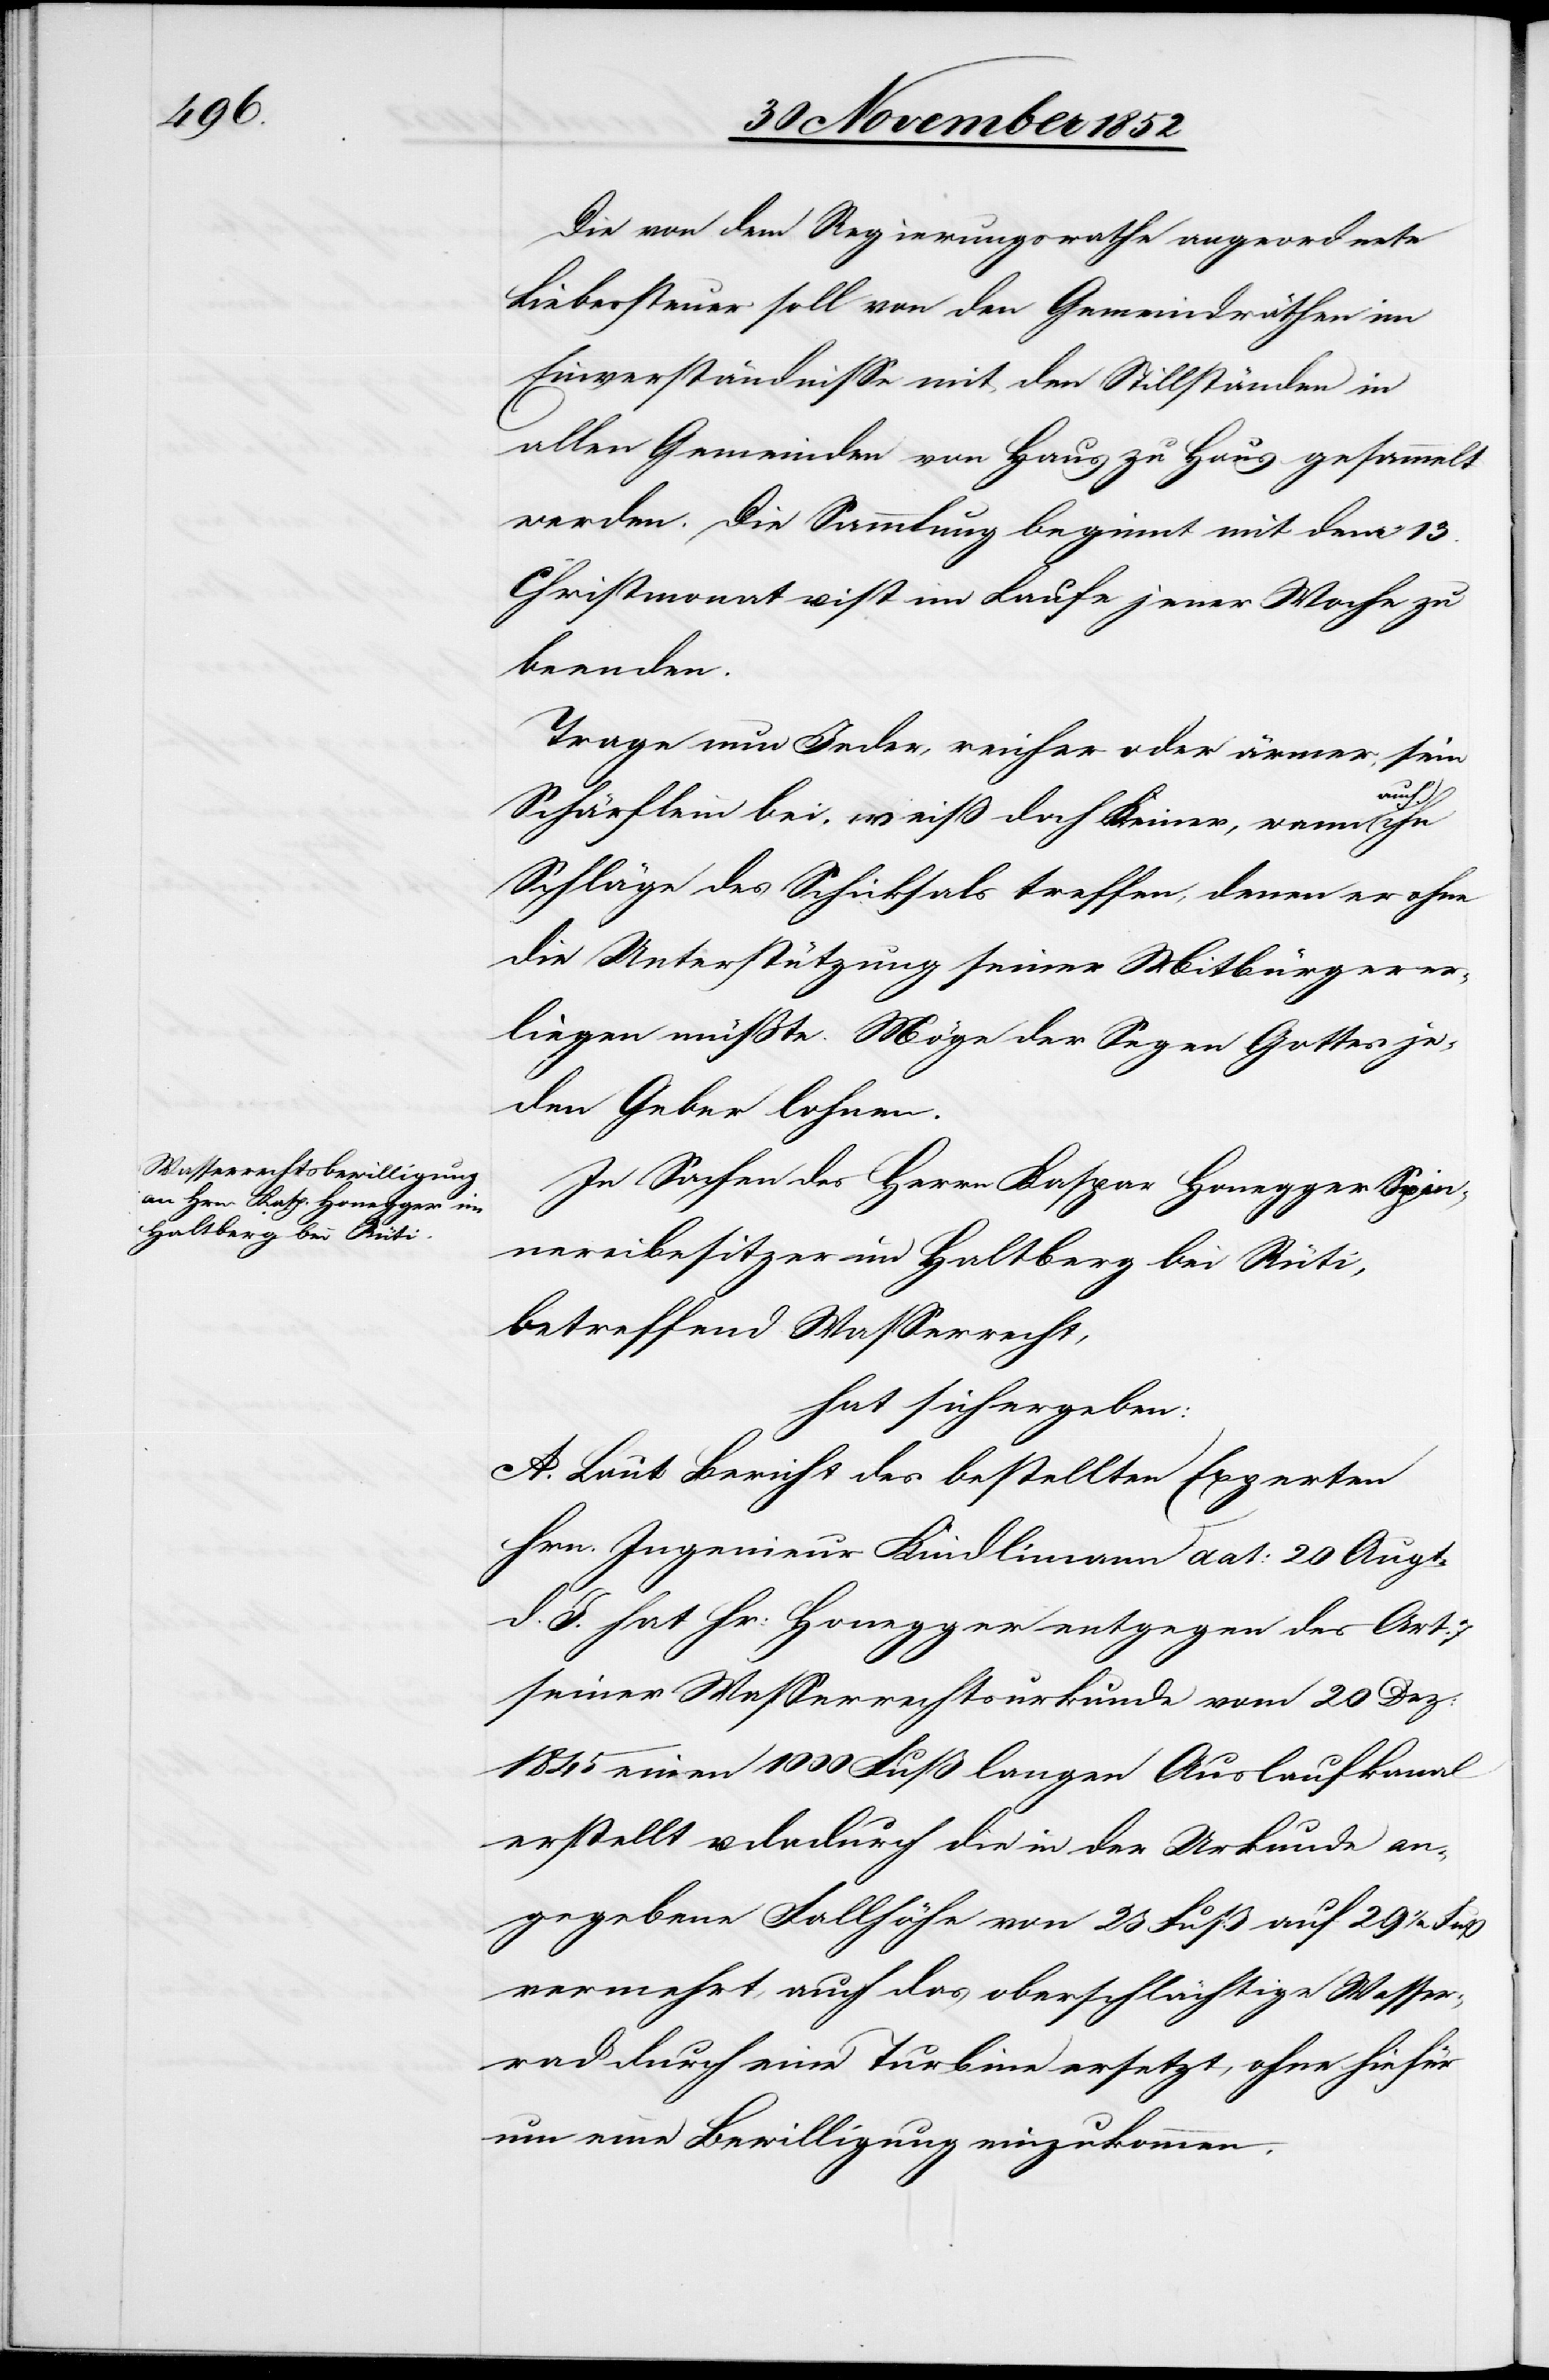
Die von dem Regierungsrathe angeordnete
Liebessteuer soll von den Gemeindräthen im
Einverständnisse mit den Stillständen in
allen Gemeinden von Haus zu Haus gesammelt
werden. Die Sammlung beginnt mit dem 13.
Christmonat u. ist im Laufe jener Woche zu
beenden.
Trage nun Jeder, reicher oder ärmer, sein
Schärflein bei, weiß doch keiner, wenn auch
Schläge des Schicksals treffen, denen er ohne
die Unterstützung seiner Mitbürger er¬
liegen müßte. Möge der Segen Gottes je¬
den Geber lohnen.
In Sachen des Herrn Kaspar Honegger Spin¬
nereibesitzer im Haltberg bei Rüti,
betreffend Wasserrecht,
hat sich ergeben:
A. Laut Bericht des bestellten Experten
Hrn. Ingenieur Kindlimann dat: 20 Augt.
d. J. hat Hr: Honegger entgegen des Art.
seiner Wasserrechtsurkunde vom 20 Dez:
1845 einen 1000 Fuß langen Auslaufkanal
erstellt u. dadurch die in der Urkunde an¬
gegebene Fallhöhe von 23 Fuß auf 29 1/2 Fuß
vermehrt, auch das oberschlächtige Wasse¬
rrad durch eine Turbine ersetzt, ohne hiefür
um eine Bewilligung einzukommen.